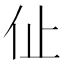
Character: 𠇈